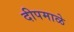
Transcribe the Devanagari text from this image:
दीपमाळे